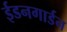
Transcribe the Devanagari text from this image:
ईडनगार्डन